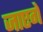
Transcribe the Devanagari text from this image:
जाएगेँ